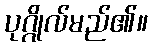
ပုဂ္ဂိုလ်မည်၏။